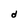
Character: d